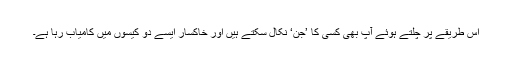
اس طریقے پر چلتے ہوئے آپ بھی کسی کا ’جن‘ نکال سکتے ہیں اور خاکسار ایسے دو کیسوں میں کامیاب رہا ہے۔